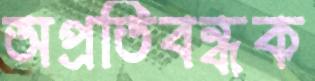
অপ্রতিবন্ধক